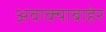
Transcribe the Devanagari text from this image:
अवाक्याबाहेर